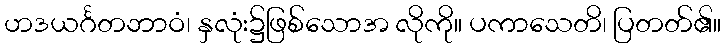
ဟဒယင်္ဂတဘာဝံ၊ နှလုံး၌ဖြစ်သောအ လိုကို။ ပကာသေတိ၊ ပြတတ်၏။